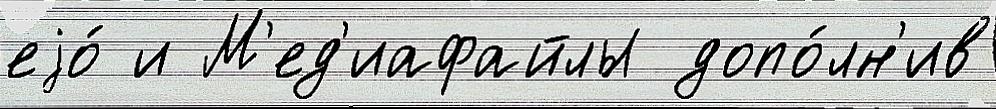
еjо́ и М'ед'иафайлы допо́лн'ив